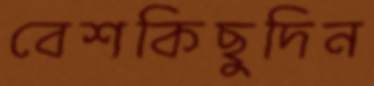
বেশকিছুদিন